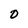
Character: O